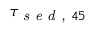
\tau _ { \textit { s e d , } 4 5 }